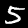
Digit: 5